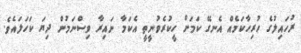
ރުހައިލުގެ ހުރިހާކަމެއް އެނގޭ ކަމަށް ހީކުރެވުނީތީ އެކަމާ ނައިރާ ވިސްނަމުން ދިޔަ ކަހަލައެވެ.